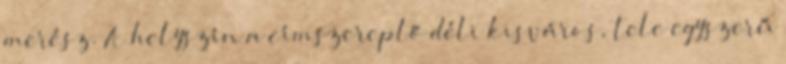
merész. A helyszín a címszereplő déli kisváros, tele egyszerű